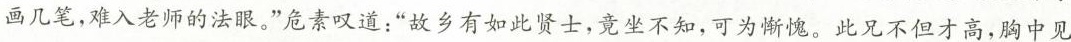
画几笔，难入老师的法眼。”危素叹道：”故乡有如此贤士，竟坐不知，可为惭愧，此兄不但才高，胸中见